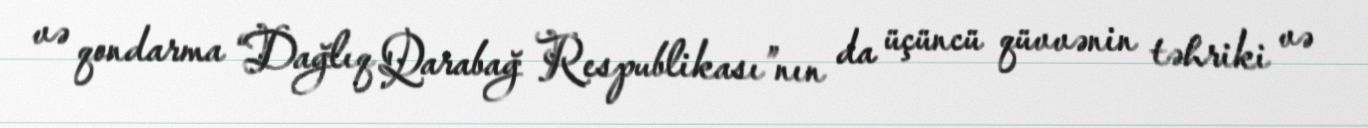
və qondarma “Dağlıq Qarabağ Respublikası”nın da üçüncü qüvvənin təhriki və